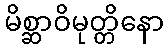
မိစ္ဆာဝိမုတ္တိနော